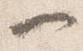
一